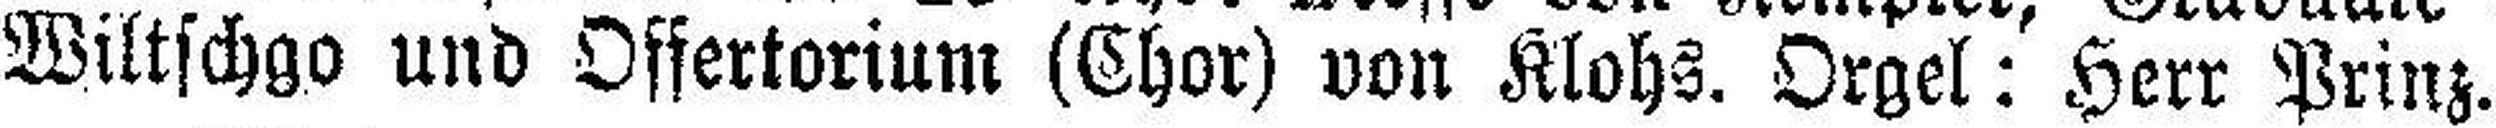
Wiltschgo und Offertorium (Chor) von Klohs. Orgel: Herr Prinz.